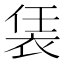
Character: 𧙨